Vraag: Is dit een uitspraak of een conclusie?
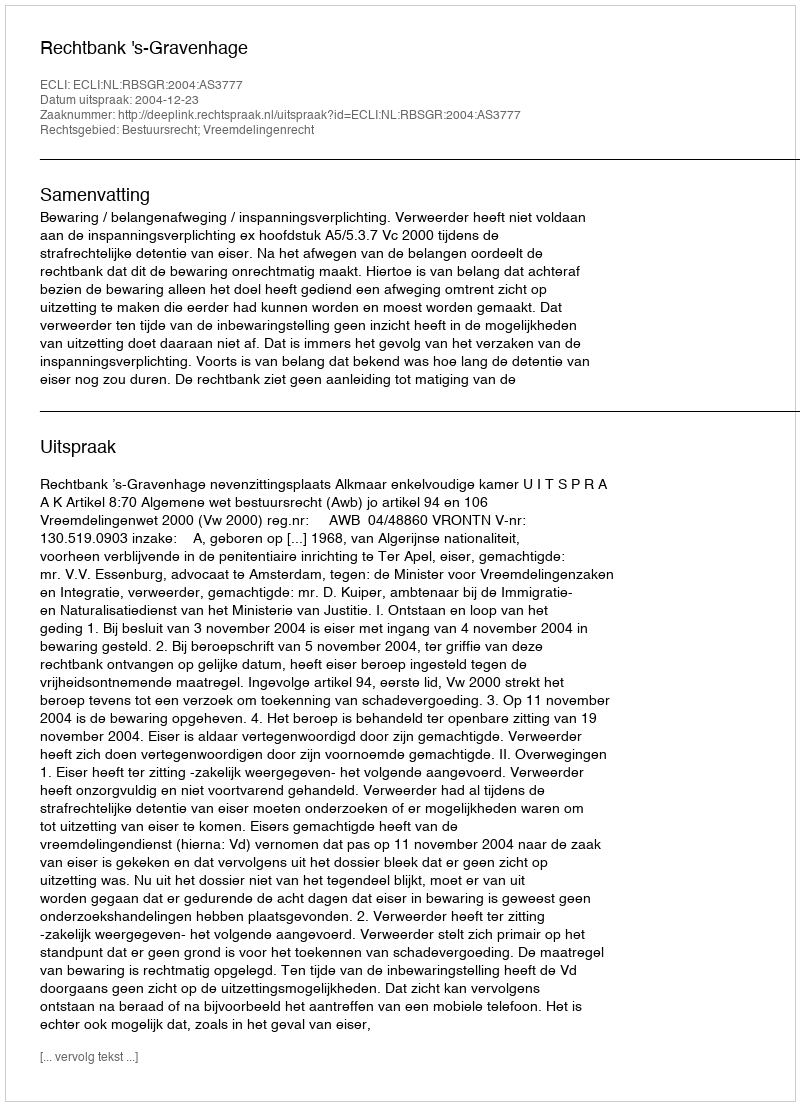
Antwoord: Uitspraak